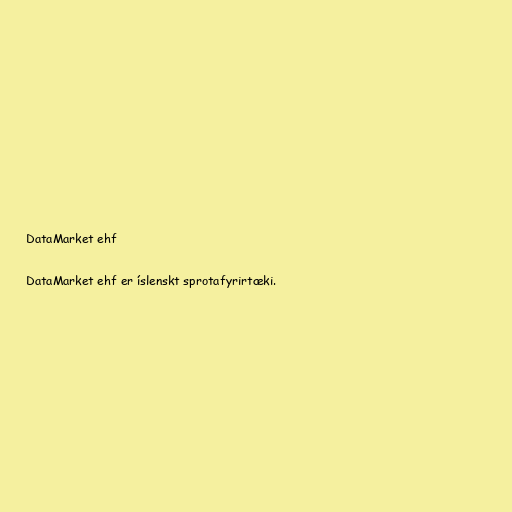
DataMarket ehf

DataMarket ehf er íslenskt sprotafyrirtæki.